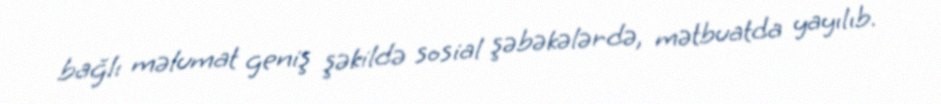
bağlı məlumat geniş şəkildə sosial şəbəkələrdə, mətbuatda yayılıb.